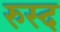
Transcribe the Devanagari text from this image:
रुस्द